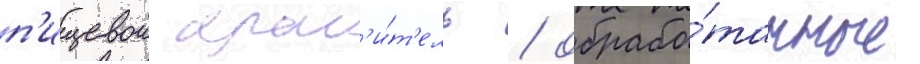
п'ищевои крас'и́т'ель / обрабо́танные